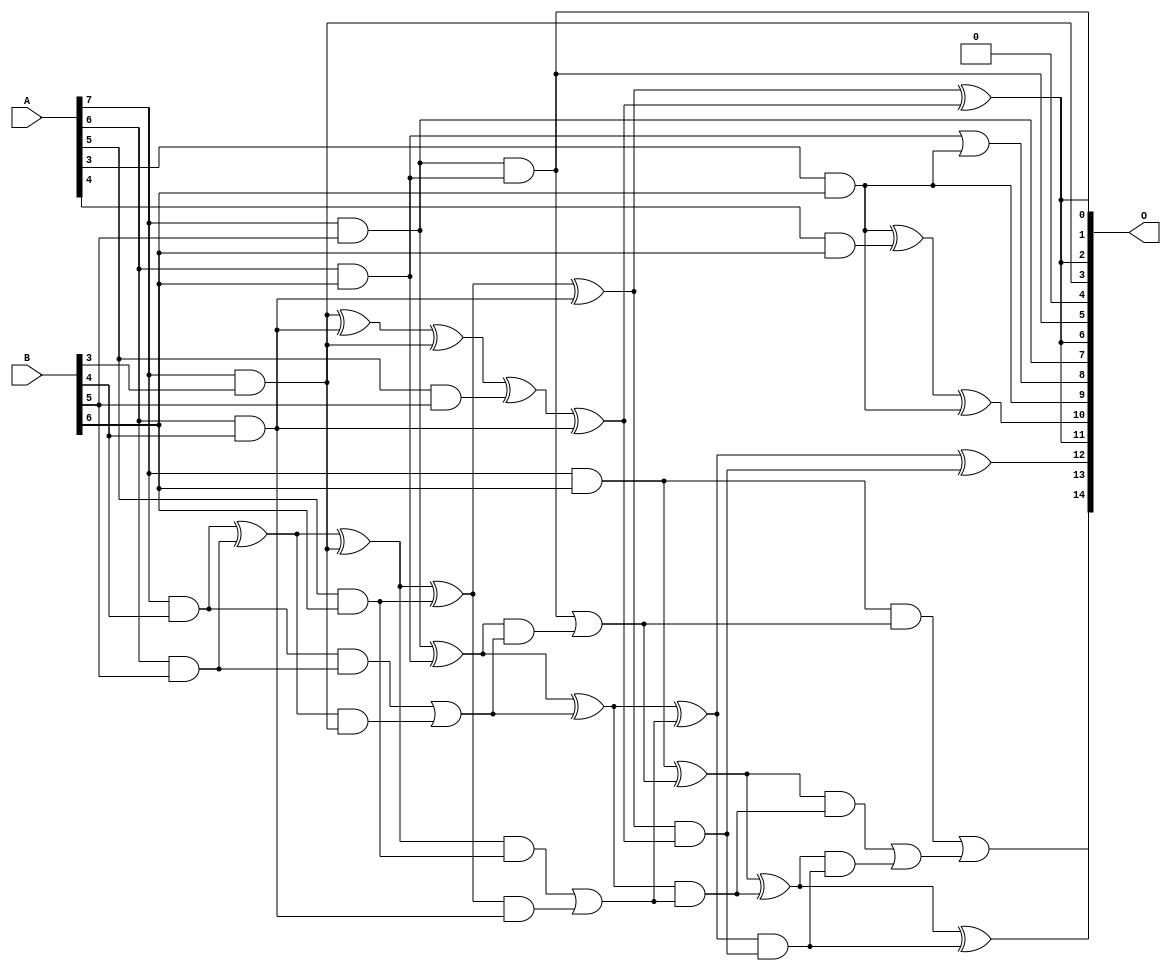
// This program was cloned from: https://github.com/ehw-fit/evoapproxlib
// License: MIT License

/***
* This code is a part of EvoApproxLib library (ehw.fit.vutbr.cz/approxlib) distributed under The MIT License.
* When used, please cite the following article(s): V. Mrazek, L. Sekanina, Z. Vasicek "Libraries of Approximate Circuits: Automated Design and Application in CNN Accelerators" IEEE Journal on Emerging and Selected Topics in Circuits and Systems, Vol 10, No 4, 2020 
* This file contains a circuit from a sub-set of pareto optimal circuits with respect to the pwr and mae parameters
***/
// MAE% = 1.97 %
// MAE = 644 
// WCE% = 7.96 %
// WCE = 2609 
// WCRE% = 107.62 %
// EP% = 98.73 %
// MRE% = 25.98 %
// MSE = 638557 
// PDK45_PWR = 0.035 mW
// PDK45_AREA = 94.3 um2
// PDK45_DELAY = 0.55 ns

module mul8x7u_2D5 (
    A,
    B,
    O
);

input [7:0] A;
input [6:0] B;
output [14:0] O;

wire sig_95,sig_137,sig_138,sig_169,sig_172,sig_179,sig_180,sig_181,sig_207,sig_210,sig_212,sig_213,sig_214,sig_215,sig_216,sig_220,sig_221,sig_222,sig_223,sig_224;
wire sig_240,sig_245,sig_250,sig_251,sig_252,sig_253,sig_254,sig_255,sig_256,sig_257,sig_258,sig_259,sig_267,sig_268,sig_269,sig_270,sig_271,sig_272,sig_273,sig_291;
wire sig_292,sig_293,sig_294,sig_295,sig_296,sig_297,sig_298;

assign sig_95 = A[7] & B[3];
assign sig_137 = A[6] & B[4];
assign sig_138 = A[7] & B[4];
assign sig_169 = sig_95 ^ sig_137;
assign sig_172 = sig_169 ^ sig_95;
assign sig_179 = A[5] & B[5];
assign sig_180 = A[6] & B[5];
assign sig_181 = A[7] & B[5];
assign sig_207 = sig_172 ^ sig_179;
assign sig_210 = sig_207 ^ sig_137;
assign sig_212 = sig_138 ^ sig_180;
assign sig_213 = sig_138 & sig_180;
assign sig_214 = sig_212 & sig_95;
assign sig_215 = sig_212 ^ sig_95;
assign sig_216 = sig_213 | sig_214;
assign sig_220 = A[3] & B[6];
assign sig_221 = A[4] & B[6];
assign sig_222 = A[5] & B[6];
assign sig_223 = A[6] & B[6];
assign sig_224 = A[7] & B[6];
assign sig_240 = sig_223 | sig_220;
assign sig_245 = sig_220 ^ sig_221;
assign sig_250 = sig_215 ^ sig_222;
assign sig_251 = sig_215 & sig_222;
assign sig_252 = sig_250 & sig_137;
assign sig_253 = sig_250 ^ sig_137;
assign sig_254 = sig_251 | sig_252;
assign sig_255 = sig_181 ^ sig_223;
assign sig_256 = sig_181 & sig_223;
assign sig_257 = sig_255 & sig_216;
assign sig_258 = sig_255 ^ sig_216;
assign sig_259 = sig_256 | sig_257;
assign sig_267 = sig_245 ^ sig_220;
assign sig_268 = sig_253 & sig_210;
assign sig_269 = sig_253 ^ sig_210;
assign sig_270 = sig_258 & sig_254;
assign sig_271 = sig_258 ^ sig_254;
assign sig_272 = sig_224 & sig_259;
assign sig_273 = sig_224 ^ sig_259;
assign sig_291 = sig_271 ^ sig_268;
assign sig_292 = sig_271 & sig_268;
assign sig_293 = sig_273 ^ sig_270;
assign sig_294 = sig_273 & sig_270;
assign sig_295 = sig_293 & sig_292;
assign sig_296 = sig_293 ^ sig_292;
assign sig_297 = sig_294 | sig_295;
assign sig_298 = sig_272 | sig_297;

assign O[14] = sig_298;
assign O[13] = sig_296;
assign O[12] = sig_291;
assign O[11] = sig_269;
assign O[10] = sig_267;
assign O[9] = sig_220;
assign O[8] = sig_240;
assign O[7] = sig_181;
assign O[6] = sig_269;
assign O[5] = sig_256;
assign O[4] = 1'b0;
assign O[3] = sig_95;
assign O[2] = sig_269;
assign O[1] = sig_269;
assign O[0] = sig_256;

endmodule